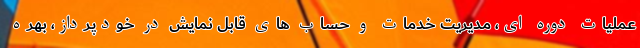
عملیات دوره ای، مدیریت خدمات و حساب های قابل نمایش در خودپرداز، بهره